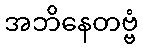
အဘိနေတဗ္ဗံ